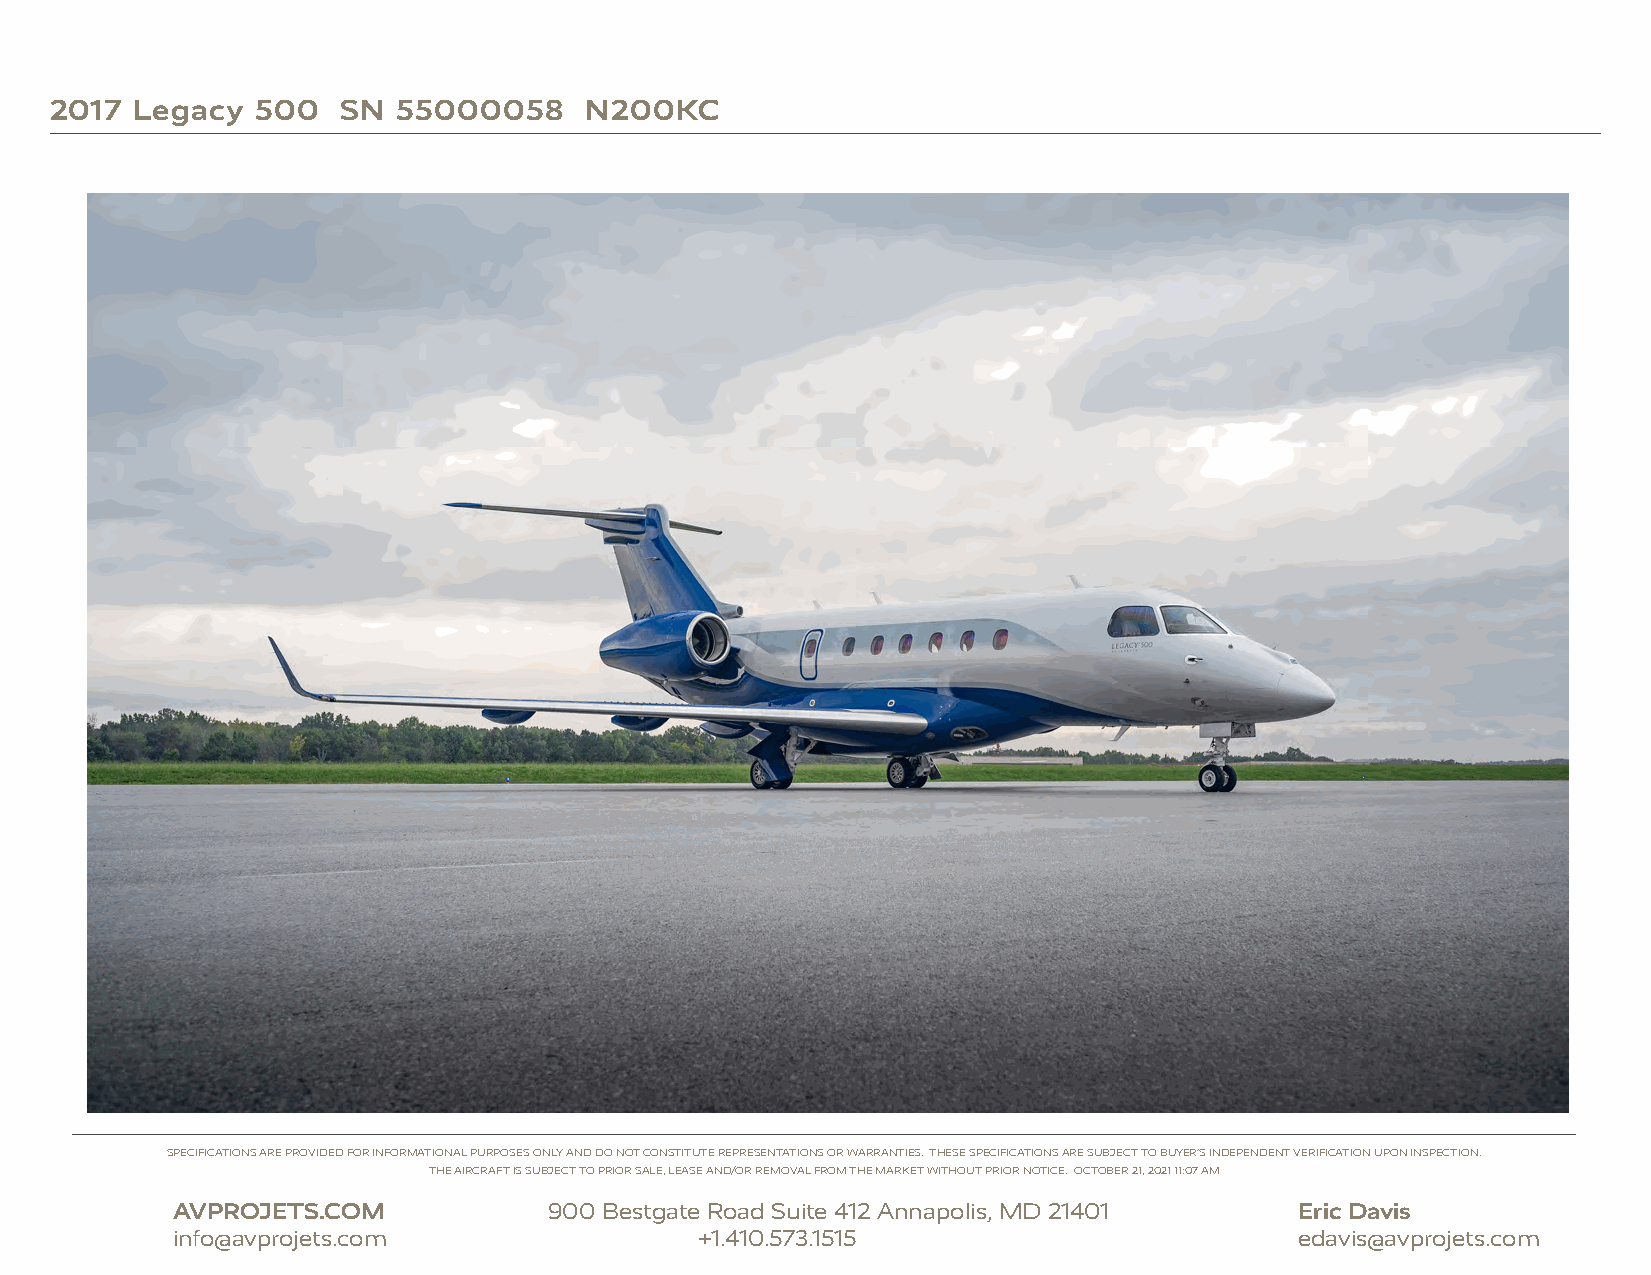
2017  Legacy  500   SN 55000058     N200KC
 SPECIFICATIONS ARE PROVIDED FOR INFORMATIONAL PURPOSES ONLY AND DO NOT CONSTITUTE REPRESENTATIONS OR WARRANTIES. THESE SPECIFICATIONS ARE SUBJECT TO BUYER’S INDEPENDENT VERIFICATION UPON INSPECTION.
 THE AIRCRAFT IS SUBJECT TO PRIOR SALE, LEASE AND/OR REMOVAL FROM THE MARKET WITHOUT PRIOR NOTICE. OCTOBER 21, 2021 11:07 AM
 AVPROJETS.COM            900 Bestgate Road Suite 412 Annapolis, MD 21401   Eric Davis
 info@avprojets.com                 +1.410.573.1515                         edavis@avprojets.com